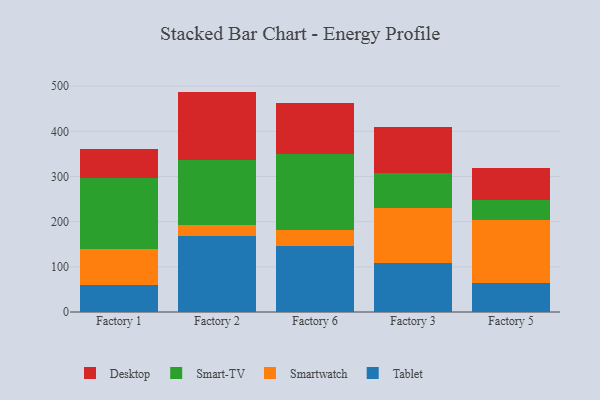
{"axis": {"x": "Factory", "y": "Customer Acquisition Cost (USD)"}, "legend": ["Desktop", "Smart-TV", "Smartwatch", "Tablet"], "data": [{"x": "Factory 1", "y": 60.4, "type": "Tablet"}, {"x": "Factory 1", "y": 78.2, "type": "Smartwatch"}, {"x": "Factory 1", "y": 157.8, "type": "Smart-TV"}, {"x": "Factory 1", "y": 64.9, "type": "Desktop"}, {"x": "Factory 2", "y": 168.4, "type": "Tablet"}, {"x": "Factory 2", "y": 25.1, "type": "Smartwatch"}, {"x": "Factory 2", "y": 142.9, "type": "Smart-TV"}, {"x": "Factory 2", "y": 151.6, "type": "Desktop"}, {"x": "Factory 6", "y": 145.9, "type": "Tablet"}, {"x": "Factory 6", "y": 36.6, "type": "Smartwatch"}, {"x": "Factory 6", "y": 168.0, "type": "Smart-TV"}, {"x": "Factory 6", "y": 113.0, "type": "Desktop"}, {"x": "Factory 3", "y": 109.0, "type": "Tablet"}, {"x": "Factory 3", "y": 120.2, "type": "Smartwatch"}, {"x": "Factory 3", "y": 77.9, "type": "Smart-TV"}, {"x": "Factory 3", "y": 103.6, "type": "Desktop"}, {"x": "Factory 5", "y": 64.9, "type": "Tablet"}, {"x": "Factory 5", "y": 139.0, "type": "Smartwatch"}, {"x": "Factory 5", "y": 43.1, "type": "Smart-TV"}, {"x": "Factory 5", "y": 71.5, "type": "Desktop"}]}